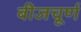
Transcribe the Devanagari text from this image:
बीजचूर्ण